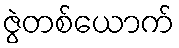
ဇွဲတစ်ယောက်